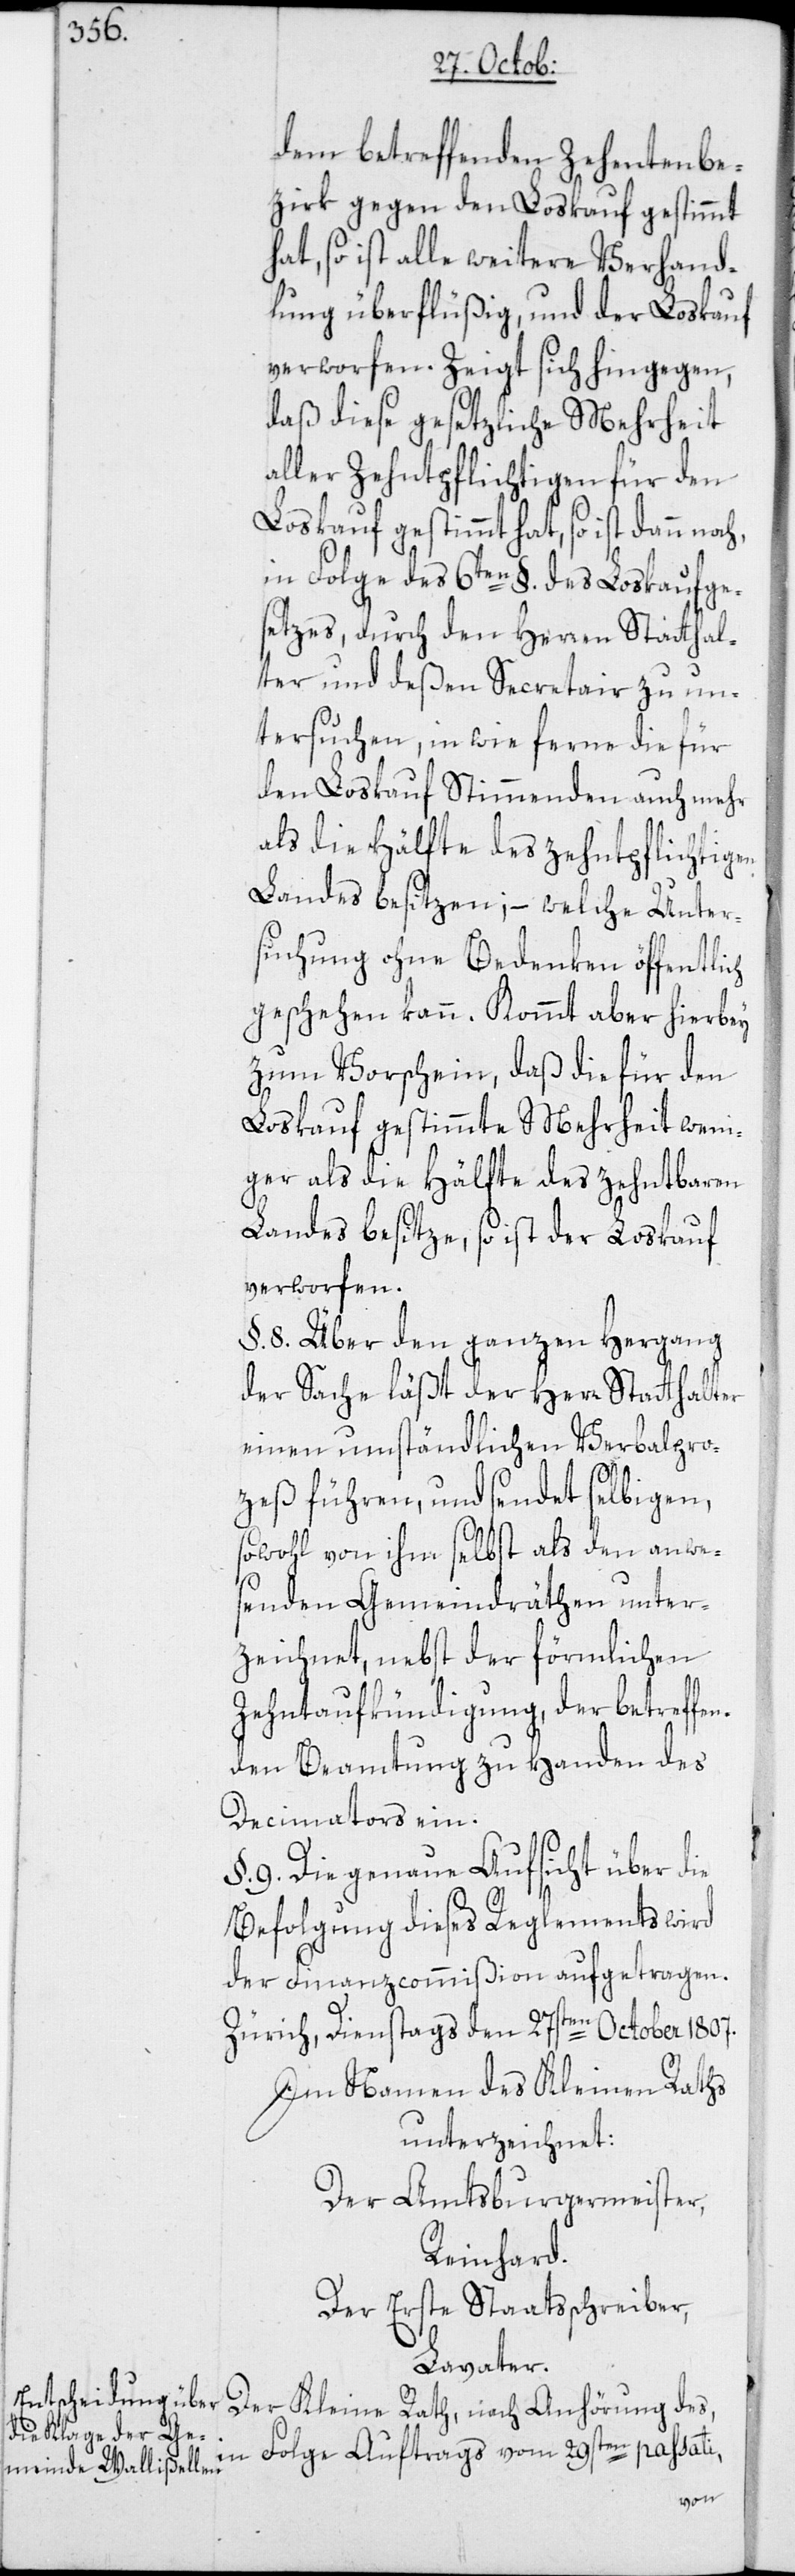
dem betreffenden Zehentenbe¬
zirk gegen den Loskauf gestimmt
hat, so ist alle weitere Verhand¬
lung überflüßig, und der Loskauf
verworfen. Zeigt sich hingegen,
daß diese gesetzliche Mehrheit
aller Zehntpflichtigen für den
Loskauf gestimmt hat, so ist dann
in Folge des 6ten §. des Loskaufge¬
setzes, durch den Herren Statthal¬
ter und deßen Secretair zu un¬
tersuchen, in wie ferne die für
den Loskauf Stimmenden auch mehr
als die Hälfte des zehntpflichtigen
Landes besitzen; – welche Unter¬
suchung ohne Bedenken öffentlich
geschehen kann. Kommt aber hierbey
zum Vorschein, daß die für den
Loskauf gestimmte Mehrheit weni¬
ger als die Hälfte des zehntbaren
Landes besitze, so ist der Loskauf
verworfen.
§. 8. Über den ganzen Hergang
der Sache läßt der Herr Statthalter
einen umständlichen Verbalpro¬
zeß führen, und sendet selbigen,
sowohl von ihm selbst als den anwe¬
senden Gemeindräthen unter¬
zeichnet, nebst der förmlichen
Zehntaufkündigung, der betreffe¬
nden Beamtung zu Handen des
Decimators ein.
§. 9. Die genaue Aufsicht über die
Befolgung dieses Reglements wird
der Finanzcommißion aufgetragen.
Zürich, Dienstags den 27sten October 1807.
Im Namen des Kleinen Raths
unterzeichnet:
Der Amstburgermeister,
Reinhard.
Der Erste Staatsschreiber,
Lavater.
in Folge Auftrags vom 29sten passati,